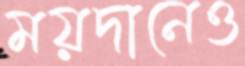
ময়দানেও